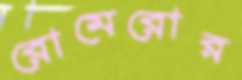
রোমেরোর